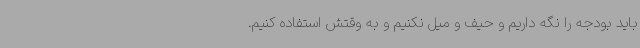
باید بودجه را نگه داریم و حیف و میل نکنیم و به وقتش استفاده کنیم.